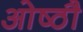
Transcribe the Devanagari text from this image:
ओष्ठौ